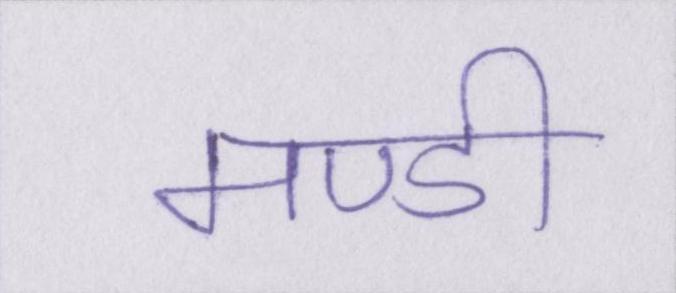
मण्डी